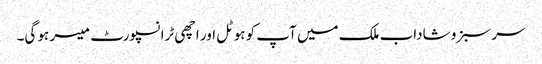
سر سبز و شاداب ملک میں آپ کو ہوٹل اور اچھی ٹرانسپورٹ میسر ہو گی۔